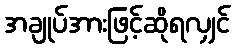
အချုပ်အားဖြင့်ဆိုရလျှင်